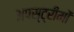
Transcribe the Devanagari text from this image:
अपस्ट्रीमों